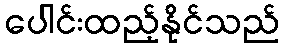
ပေါင်းထည့်နိုင်သည်